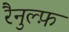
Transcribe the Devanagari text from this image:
रैनुल्फ़